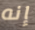
إنه